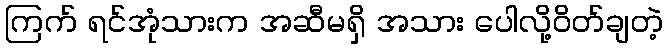
ကြက် ရင်အုံသားက အဆီမရှိ အသား ပေါလို့ဝိတ်ချတဲ့